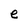
Character: e